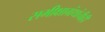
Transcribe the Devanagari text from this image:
समीक्षाग्रंथांचीही